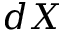
d X